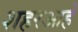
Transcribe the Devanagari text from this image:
शहरआहे